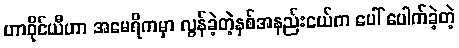
ဟာဝိုင်ယီဟာ အမေရိကမှာ လွန်ခဲ့တဲ့နှစ်အနည်းငယ်က ပေါ် ပေါက်ခဲ့တဲ့